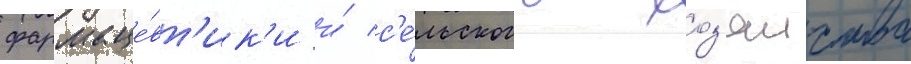
фармаце́вт'ик'и и́ с'е́льского хоз'яиства